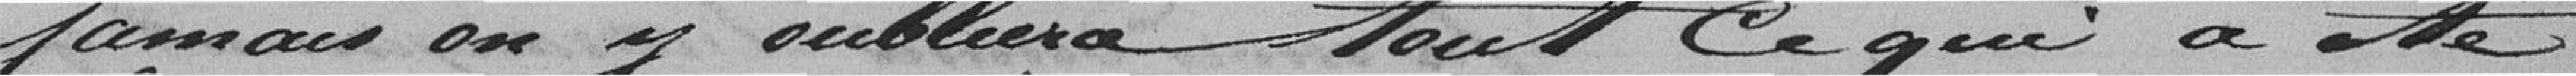
oubliera tout Ce qui